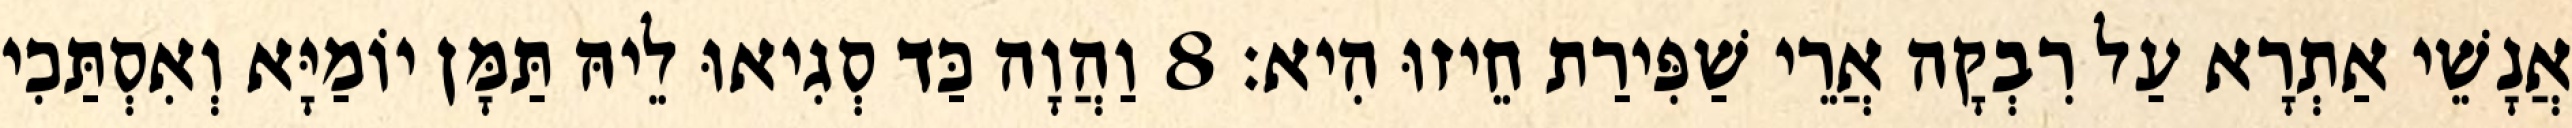
אֲנָשֵׁי אַתְרָא עַל רִבְקָה אֲרֵי שַׁפִּירַת חֵיזוּ הִיא׃ 8 וַהֲוָה כַּד סְגִיאוּ לֵיהּ תַּמָּן יוֹמַיָּא וְאִסְתַּכִי